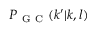
P _ { \mathrm { ~ G ~ C ~ } } ( k ^ { \prime } | k , l )